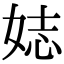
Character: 娡